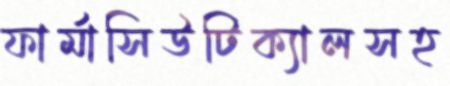
ফার্মাসিউটিক্যালসহ